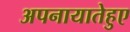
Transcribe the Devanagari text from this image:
अपनायातेहुए